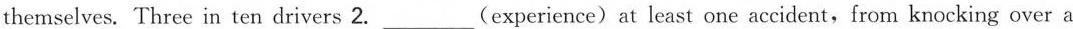
themselves. Three in ten drivers 2. ___ (experience)at least one accident,from knocking over a